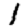
Digit: 1